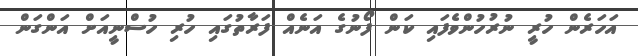
އަހަރެން ހުރީ ނުރުހުންވެފައި ކަން ފޯނުގެ އަނެއް ފަރާތުގައި ހުރި ހުސްނީއަށް އަންގަން